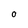
Character: 0